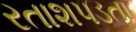
રતાશપડતા